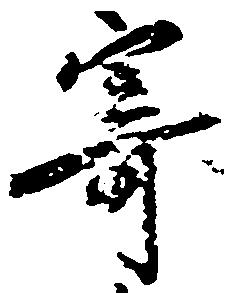
寄